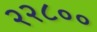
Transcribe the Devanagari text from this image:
२२८००